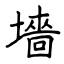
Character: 墻